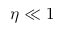
\eta \ll 1